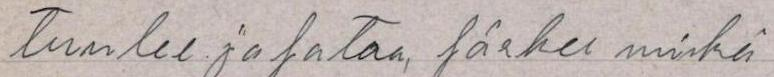
tuulee ja sataa, särkee minkä